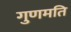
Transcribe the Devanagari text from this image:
गुणमति